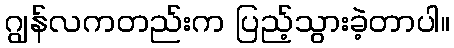
ဂျွန်လကတည်းက ပြည့်သွားခဲ့တာပါ။